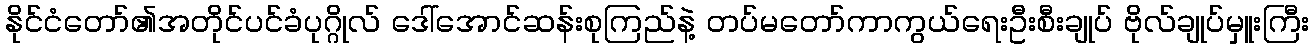
နိုင်ငံတော်၏အတိုင်ပင်ခံပုဂ္ဂိုလ် ဒေါ်အောင်ဆန်းစုကြည်နဲ့ တပ်မတော်ကာကွယ်ရေးဦးစီးချုပ် ဗိုလ်ချုပ်မှူးကြီး